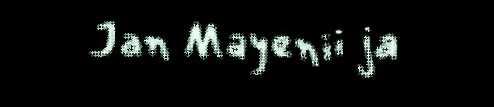
Jan Mayenii ja